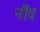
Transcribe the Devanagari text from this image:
नींंव